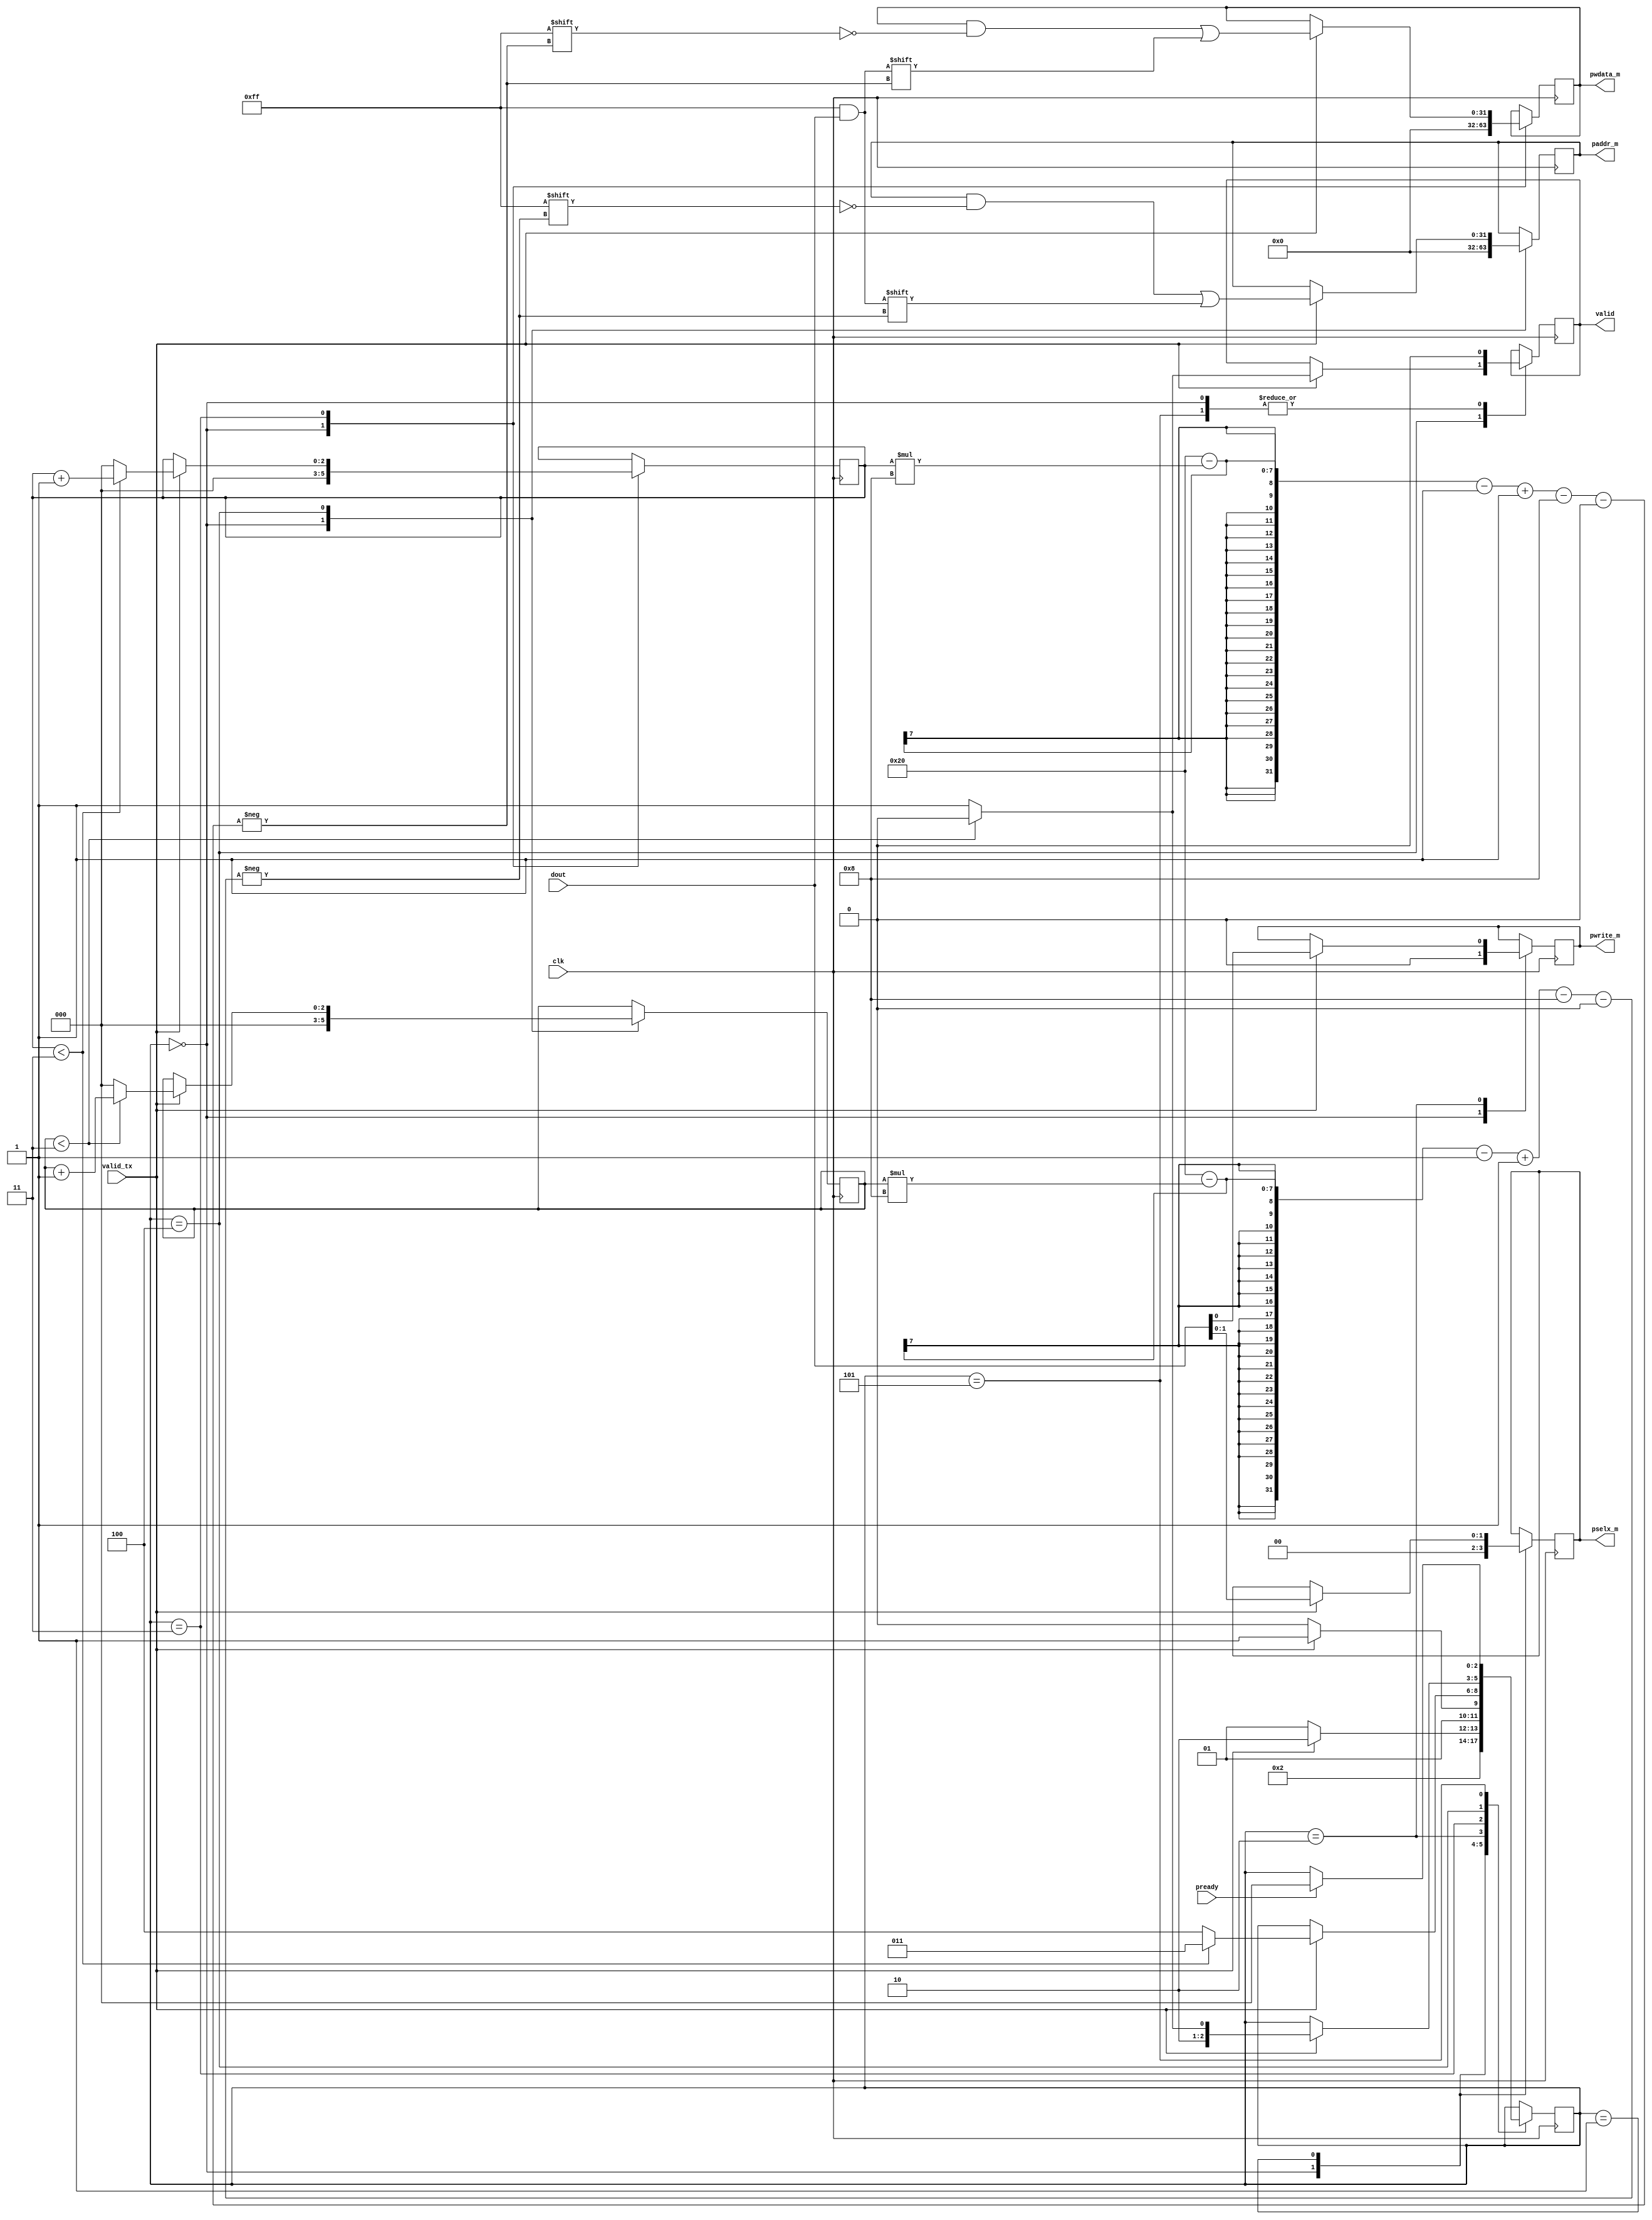
`timescale 1ns / 1ps
//////////////////////////////////////////////////////////////////////////////////
// Company: 
// Engineer: 
// 
// Design Name: 
// Module Name: connection_receiver_master
// Project Name: 
// Target Devices: 
// Tool Versions: 
// Description: 
// 
// Dependencies: 
// 
// Revision:
// Revision 0.01 - File Created
// Additional Comments:
// 
//////////////////////////////////////////////////////////////////////////////////


module connection_receiver_master(
  input clk,
  input valid_tx,
  input [7:0] dout,
  input pready,
  output reg [1:0] pselx_m = 0,
  output reg [31:0] pwdata_m = 0,
  output reg [31:0] paddr_m = 0,
  output reg pwrite_m = 0,
  output reg valid = 0
    );
 
  reg [2:0] state = 0;
  reg [2:0] count1 = 0;
  reg [2:0] count2 = 0;
    
  parameter IDLE = 3'b000;
  parameter SEL = 3'b001;
  parameter WR_EN = 3'b010;
  parameter DATA = 3'b011;
  parameter ADDR = 3'b100;
  parameter WAIT = 3'b101;
  
  
always @(posedge clk) begin
case(state)
IDLE: begin
  pselx_m <= 0;
  pwdata_m <= 0;
  paddr_m <= 0;
  pwrite_m <= 0;
  valid <= 0;
  count1 <= 0;
  count2 <= 0; 
  state <= SEL;           
end

SEL: begin
  if(valid_tx == 1'b1) begin
    pselx_m <= dout[1:0];
    state <= WR_EN;
  end
  else
    state <= SEL;
end

WR_EN: begin
  if(valid_tx == 1'b1)begin
    pwrite_m <= dout[0];
    state <= DATA; 
  end
  else
    state <= WR_EN;  
end

DATA: begin
  if(valid_tx == 1'b1) begin 
    if(count1 < 3)begin
      pwdata_m[32-(count1*8)-1 -:8] <= dout;
      count1 <= count1+1;
      state <= DATA;  
    end else begin
      pwdata_m[32-(count1*8)-1 -:8] <= dout;
      count1 <= 0;
      state <= ADDR;  
    end
  end
end

ADDR: begin
  if(valid_tx == 1'b1) begin
   // paddr_m <= dout;
    if(count2 < 3)begin
      paddr_m[32-(count2*8)-1 -:8] <= dout;
      count2 <= count2+1; 
      state <= ADDR;
      valid <= 1'b0;
    end else begin
      paddr_m[32-(count2*8)-1 -:8] <= dout;
      count2 <= 0;
      valid <= 1'b1;
      state <= WAIT;      
    end
  end 
 end

WAIT: begin
    valid <= 0;
    if(pready) begin
      state <= IDLE;
    end
end 
  //else
    //state <= IDLE;
    //valid <= 1'b1;
//end
endcase
end   
    
endmodule